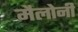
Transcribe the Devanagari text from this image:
मैलोनी